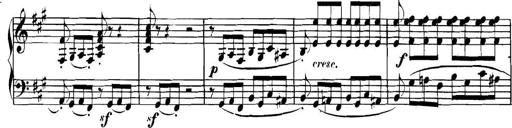
Title: Collected Piano Sonatas
Composer: Muzio Clementi